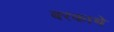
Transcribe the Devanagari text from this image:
बरकाचे